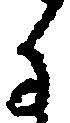
子